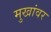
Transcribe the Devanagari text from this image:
मुखांवर